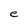
Character: e